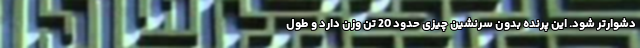
دشوارتر شود. این پرنده بدون سرنشین چیزی حدود 20 تن وزن دارد و طول